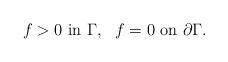
\begin{align*}f > 0 \mbox{ in } \Gamma, \ \ f = 0 \mbox{ on } \partial \Gamma.\end{align*}